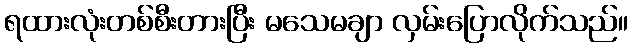
ရထားလုံးတစ်စီးတားပြီး မသေမချာ လှမ်းပြောလိုက်သည်။